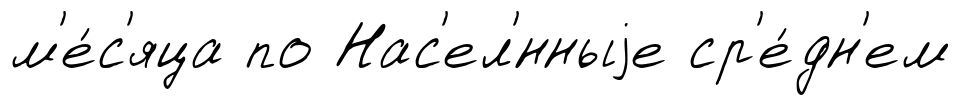
м'е́с'яца по Нас'ел'́нныjе ср'е́дн'ем